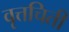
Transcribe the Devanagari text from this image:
वृत्तचिती